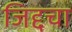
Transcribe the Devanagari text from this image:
जिद्दचा